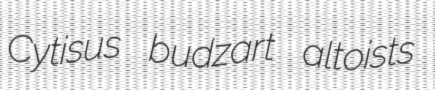
Cytisus budzart altoists